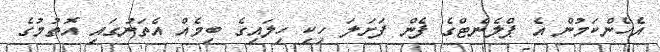
އެހެންކަމުން އެ ޕްލެނެޓްގެ ފެން ފަށަލަ ހިކި ހިލައިގެ ބިމެއް އެތަނުގައި އޮތުމުގެ